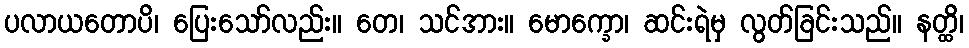
ပလာယတောပိ၊ ပြေးသော်လည်း။ တေ၊ သင်အား။ မောက္ခော၊ ဆင်းရဲမှ လွတ်ခြင်းသည်။ နတ္ထိ၊